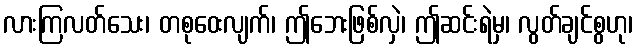
လားကြလတ်သေး၊ တစုဝေးလျက်၊ ဤဘေးဖြစ်လှဲ၊ ဤဆင်းရဲမှ၊ လွတ်ချင်စွဟု၊